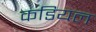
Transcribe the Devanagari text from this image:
कडियल